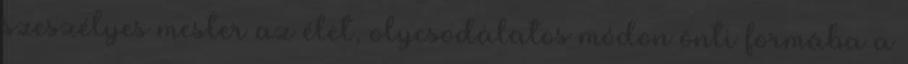
szeszélyes mester az élet, olycsodálatos módon önti formába a